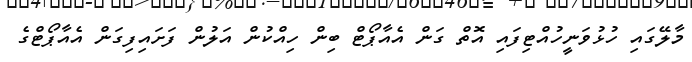
މާލޭގައި ހުޅުވަނީހުއްޓިފައި އޮތް ގަން އެއާޕޯޓް ބިން ހިއްކުން އަލުން ފަށައިފިގަން އެއާޕޯޓްގެ